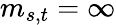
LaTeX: m_{s,t}=\infty